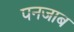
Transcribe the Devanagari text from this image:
पनजाब